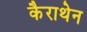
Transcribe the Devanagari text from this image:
कैराथेन